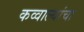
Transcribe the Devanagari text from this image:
कव्वाल्यांचा